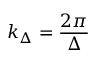
k _ { \Delta } = \frac { 2 \pi } { \Delta }